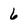
Character: 6